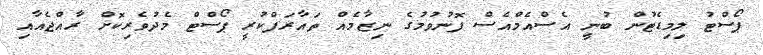
ޕޯސްޓު ލިމިޑެޓުން ބުނީ އެސްއެމްއެސް ފޮނުވުމުގެ ނިޒާމެއް ތައާރަފްކުރީ ޕޯސްޓް މެދުވެރިކޮށް ރާއްޖެއާއި